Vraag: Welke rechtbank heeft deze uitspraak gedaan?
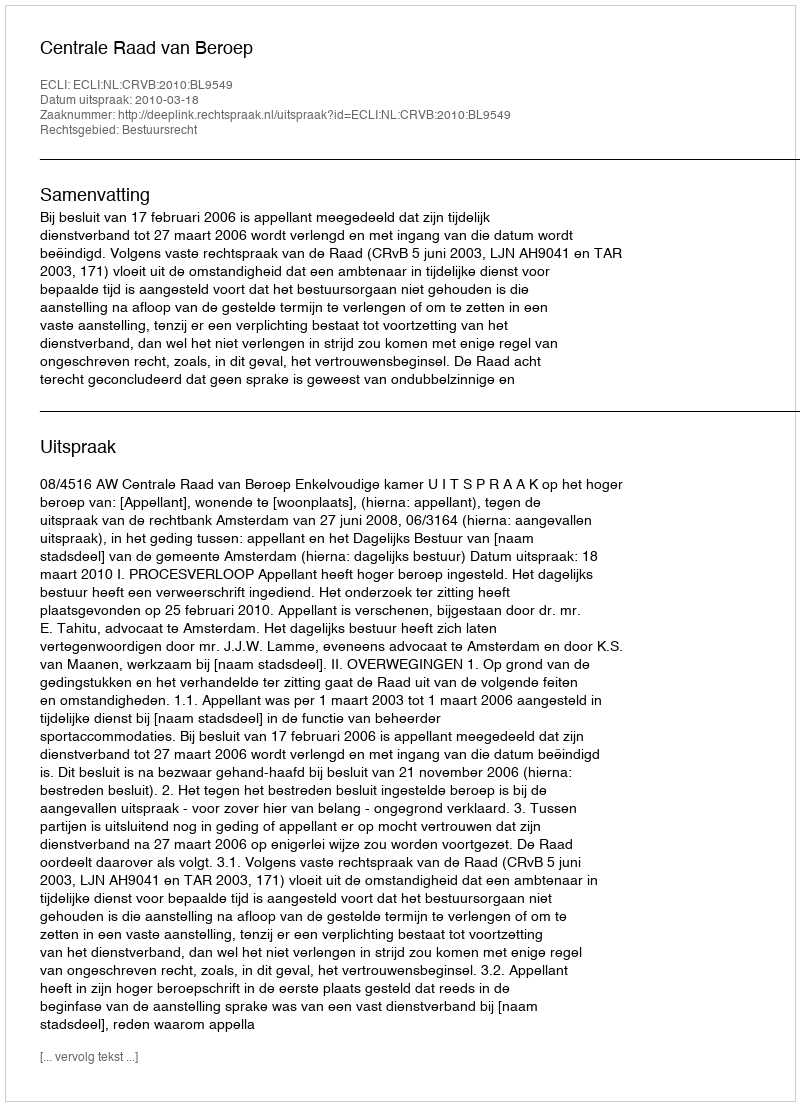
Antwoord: Centrale Raad van Beroep